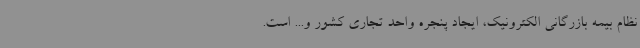
نظام بیمه بازرگانی الکترونیک، ایجاد پنجره واحد تجاری کشور و... است.